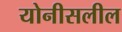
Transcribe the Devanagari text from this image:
योनीसलील